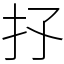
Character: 𢩴